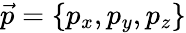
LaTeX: \vec{p}=\{ p_{x},p_{y},p_{z}\}